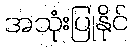
အသုံးပြုနိုင်